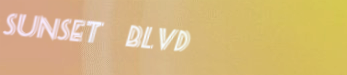
sunset blvd